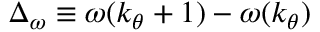
\Delta _ { \omega } \equiv \omega ( k _ { \theta } + 1 ) - \omega ( k _ { \theta } )